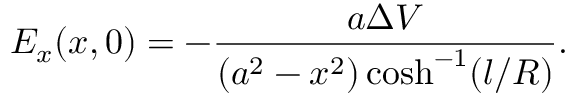
E _ { x } ( x , 0 ) = - \frac { a \Delta V } { \left( a ^ { 2 } - x ^ { 2 } \right) \cosh ^ { - 1 } ( l / R ) } .